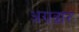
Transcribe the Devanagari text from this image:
अग्रद्वार